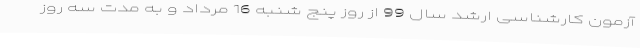
آزمون کارشناسی ارشد سال 99 از روز پنج شنبه 16 مرداد و به مدت سه روز